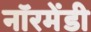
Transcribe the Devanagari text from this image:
नॉरमेंडी